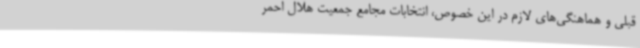
قبلی و هماهنگی‌های لازم در این خصوص، انتخابات مجامع جمعیت هلال احمر